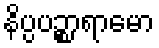
နိပ္ပပဉ္စာရာမော